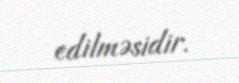
edilməsidir.